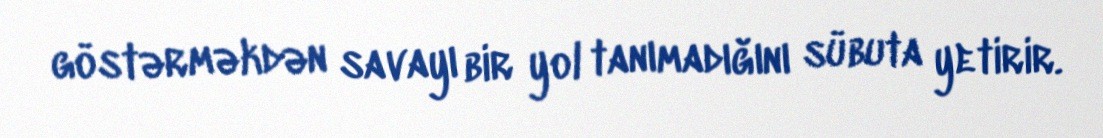
göstərməkdən savayı bir yol tanımadığını sübuta yetirir.